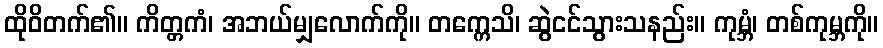
ထိုဝိတက်၏။ ကိတ္တကံ၊ အဘယ်မျှလောက်ကို။ တက္ကေသိ၊ ဆွဲငင်သွားသနည်း။ ကုမ္ဘံ၊ တစ်ကုမ္ဘကို။